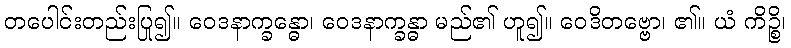
တပေါင်းတည်းပြု၍။ ဝေဒနာက္ခန္ဓော၊ ဝေဒနာက္ခန္ဓာ မည်၏ ဟူ၍။ ဝေဒိတဗ္ဗော၊ ၏။ ယံ ကိဉ္စိ၊